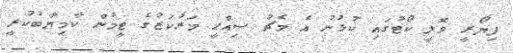
ފިޔޯރީ ވޮލީ ކޯޓުގައި ކުޅުނު އެ މެޗު ސިއްޙީ މަރުކަޒުގެ ޓީމުން ކާމިޔާބުކުރީ